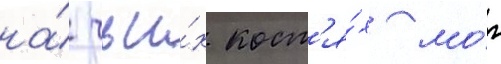
на́ чьи́х кост'я́х мо́г